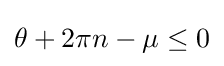
\theta +2\pi n-\mu \leq 0